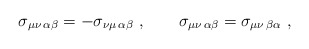
\begin{align*}\sigma_{\mu\nu\, \alpha\beta} = - \sigma_{\nu\mu\, \alpha\beta} \ , \qquad\sigma_{\mu\nu\, \alpha\beta} = \sigma_{\mu\nu\, \beta\alpha} \ ,\end{align*}